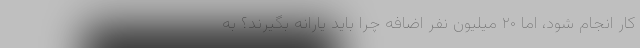
کار انجام شود، اما ۲۰ میلیون نفر اضافه چرا باید یارانه بگیرند؟ به